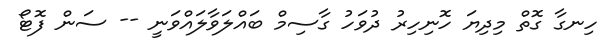
ހިނގާ ގޮތް މިދިޔަ ހޮނިހިރު ދުވަހު ގާސިމް ބައްލަވާލައްވަނީ -- ސަން ފޮޓޯ